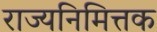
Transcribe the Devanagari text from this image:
राज्यनिमित्तक